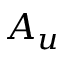
A _ { u }